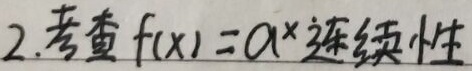
2. 考查 \(f(x)=a^{x}\) 连续性